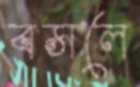
বসলে